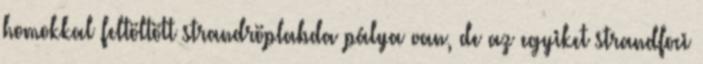
homokkal feltöltött strandröplabda pálya van, de az egyiket strandfoci